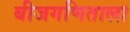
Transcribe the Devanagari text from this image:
बीजगणिताला